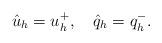
LaTeX: \begin{align*} \hat{u}_h=u_h^+,\ \ \ \hat{q}_h=q_h^-.\end{align*}